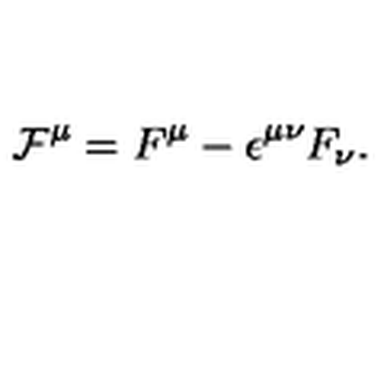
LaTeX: { \cal F } ^ { \mu } = F ^ { \mu } - { \epsilon } ^ { { \mu } { \nu } } F _ { \nu } .